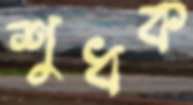
শুধক